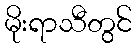
မိုးရာသီတွင်